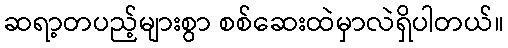
ဆရာ့တပည့်များစွာ စစ်ဆေးထဲမှာလဲရှိပါတယ်။